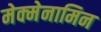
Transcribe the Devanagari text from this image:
मेक्मेनामिन